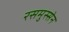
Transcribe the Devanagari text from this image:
रसमुस्सेन